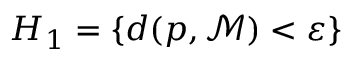
H _ { 1 } = \{ d ( p , { \mathcal { M } } ) < \varepsilon \}